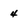
Character: 4